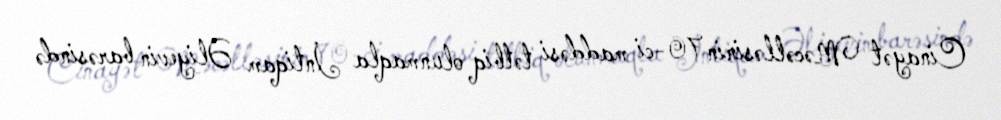
Cinayət Məcəlləsinin 70-ci maddəsi tətbiq olunmaqla İntiqam Əliyevin barəsində